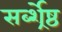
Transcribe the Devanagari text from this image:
सर्ब्श्रेष्ठ